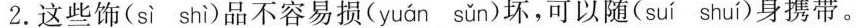
2.这些饰( sì shì )品不容易损( yuán sǔn )坏，可以随( suí shuí )身携带。